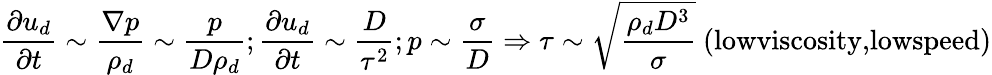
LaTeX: \frac{\partial u_{d}}{\partial t}\sim\frac{\nabla p}{\rho_{d}}\sim\frac{p}{D\rho_{d}};\frac{\partial u_{d}}{\partial t}\sim\frac{D}{\tau^{2}};p\sim\frac{\sigma}{D}\Rightarrow\tau\sim\sqrt{\frac{\rho_{d}D^{3}}{\sigma}}~(\textrm{lowviscosity,lowspeed})